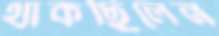
থাকছিলেন